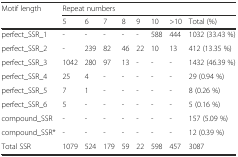
| <ROWSPAN=2> Motif length | <COLSPAN=8> Repeat numbers |
 | 5 | 6 | 7 | 8 | 9 | 10 | >10 | Total (%) |
 | --- | --- | --- | --- | --- | --- | --- | --- | --- |
 | perfect_SSR_1 | - | - | - | - | - | 588 | 444 | 1032 (33.43 %) |
 | perfect_SSR_2 | - | 239 | 82 | 46 | 22 | 10 | 13 | 412 (13.35 %) |
 | perfect_SSR_3 | 1042 | 280 | 97 | 13 | - | - | - | 1432 (46.39 %) |
 | perfect_SSR_4 | 25 | 4 | - | - | - | - | - | 29 (0.94 %) |
 | perfect_SSR_5 | 7 | 1 | - | - | - | - | - | 8 (0.26 %) |
 | perfect_SSR_6 | 5 | - | - | - | - | - | - | 5 (0.16 %) |
 | compound_SSR | - | - | - | - | - | - | - | 157 (5.09 %) |
 | compound_SSR* | - | - | - | - | - | - | - | 12 (0.39 %) |
 | Total SSR | 1079 | 524 | 179 | 59 | 22 | 598 | 457 | 3087 |